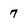
Character: 7